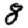
Digit: 8